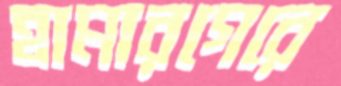
হামারগেরে